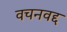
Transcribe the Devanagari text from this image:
वचनवद्द